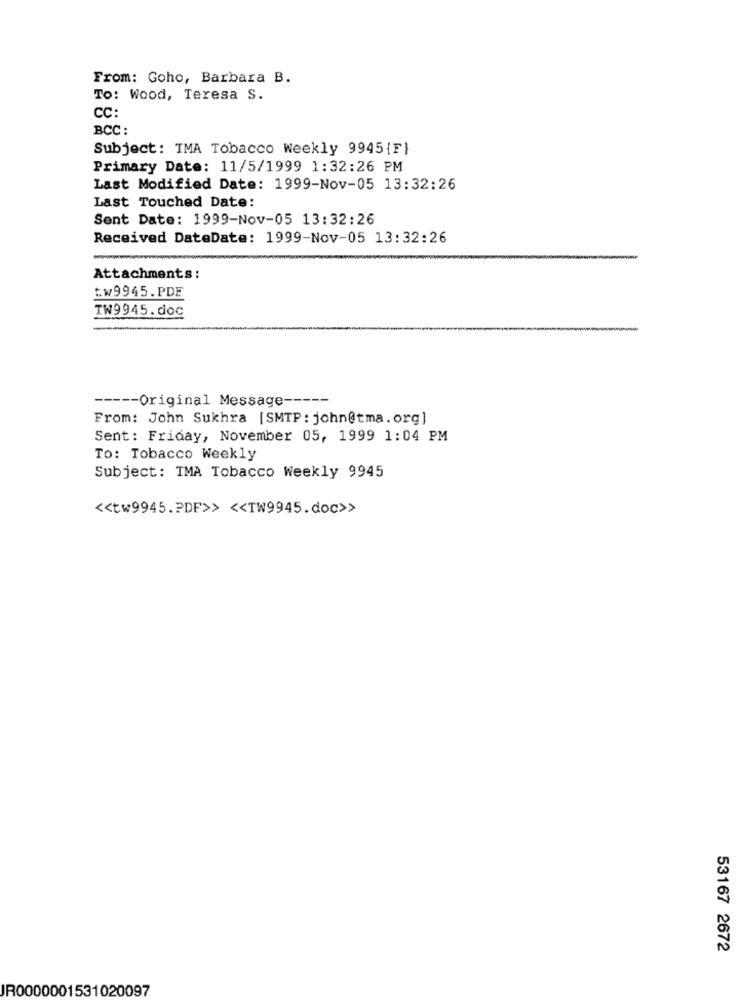
From: Goho, Barbara B.
To: Wood, Teresa S.
CC:
BCC :
Subject: TMA Tobacco Weekly 9945 {F}
Primary Date: 11/5/1999 1:32:26 PM
Last Modified Date: 1999-Nov-05 13:32:26
Last Touched Date:
Sent Date: 1999-Nov-05 13:32:26
Received DateDate: 1999-Nov-05 13:32:26
Attachments:
tw9945.PDF
TW9945. doc
----- Original Message -----
From: John Sukhra [SMTP : john@tma. org]
Sent: Friday, November 05, 1999 1:04 PM
To: Tobacco Weekly
Subject: TMA Tobacco Weekly 9945
<< tw9945.PDF>> << TW9945.doc>>
53167 2672
JR0000001531020097